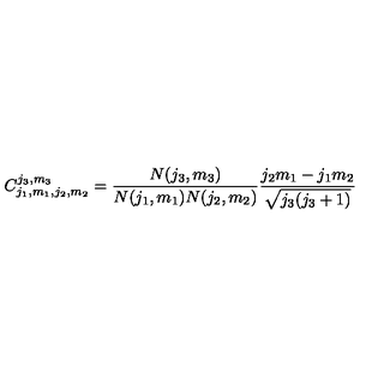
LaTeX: C _ { j _ { 1 } , m _ { 1 } , j _ { 2 } , m _ { 2 } } ^ { j _ { 3 } , m _ { 3 } } = \frac { N ( j _ { 3 } , m _ { 3 } ) } { N ( j _ { 1 } , m _ { 1 } ) N ( j _ { 2 } , m _ { 2 } ) } \frac { j _ { 2 } m _ { 1 } - j _ { 1 } m _ { 2 } } { \sqrt { j _ { 3 } ( j _ { 3 } + 1 ) } }